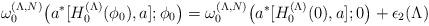
LaTeX: \begin{align*}\omega_0^{(\Lambda,N)}\bigl(a^\ast [H_0^{(\Lambda)}(\phi_0),a];\phi_0\bigr)=\omega_0^{(\Lambda,N)}\bigl(a^\ast [H_0^{(\Lambda)}(0),a];0\bigr)+\epsilon_2(\Lambda)\end{align*}